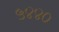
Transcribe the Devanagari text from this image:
५४४०